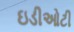
ઇડીઓટી